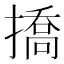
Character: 撟